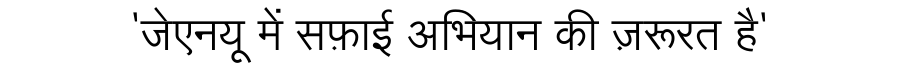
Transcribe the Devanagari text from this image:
'जेएनयू में सफ़ाई अभियान की ज़रूरत है'